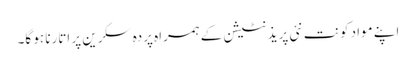
اپنے مواد کو نت نئی پریذنٹیشن کے ہمراہ پردہِ سکرین پر اتارنا ہو گا۔